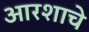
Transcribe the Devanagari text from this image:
आरशाचे